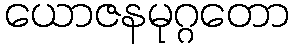
ယောဇနမုဂ္ဂတော